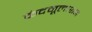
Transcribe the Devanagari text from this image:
कंदमूलाशन